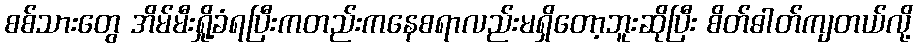
စစ်သားတွေ အိမ်မီးရှို့ခံရပြီးကတည်းကနေစရာလည်းမရှိတော့ဘူးဆိုပြီး စိတ်ဓါတ်ကျတယ်လို့